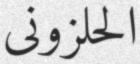
الحلزونى